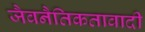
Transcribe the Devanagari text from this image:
जैवनैतिकतावादी